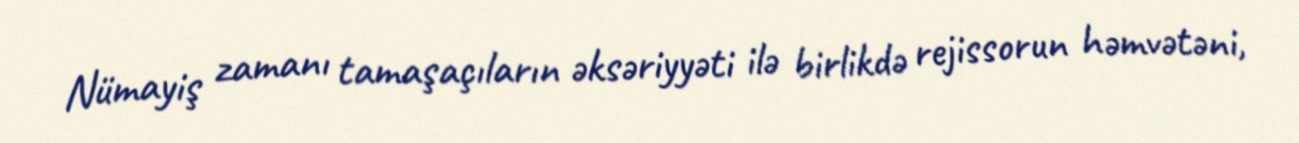
Nümayiş zamanı tamaşaçıların əksəriyyəti ilə birlikdə rejissorun həmvətəni,